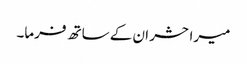
میرا حشر ان کے ساتھ فرما۔